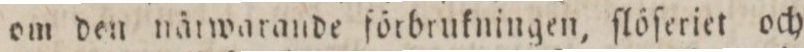
om den närwarande förbrukningen, ſlöſeriet och